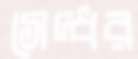
সেদ্ধর